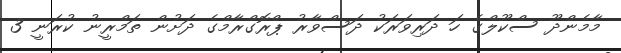
މާމެންދޫ ސްކޫލްގެ ހަ ދަރިވަރަކު ދަސްވާރު ޕްރޮގްރާމްގެ ދަށުން ތަމްރީނު ކުރަނީ 3